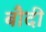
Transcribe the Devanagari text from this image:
बौदी